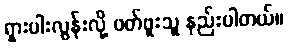
ရှားပါးလွန်းလို့ ဖတ်ဖူးသူ နည်းပါတယ်။